NAE_ERA_R-30_Eesti_Riiklik_Spordiamet, lk 204
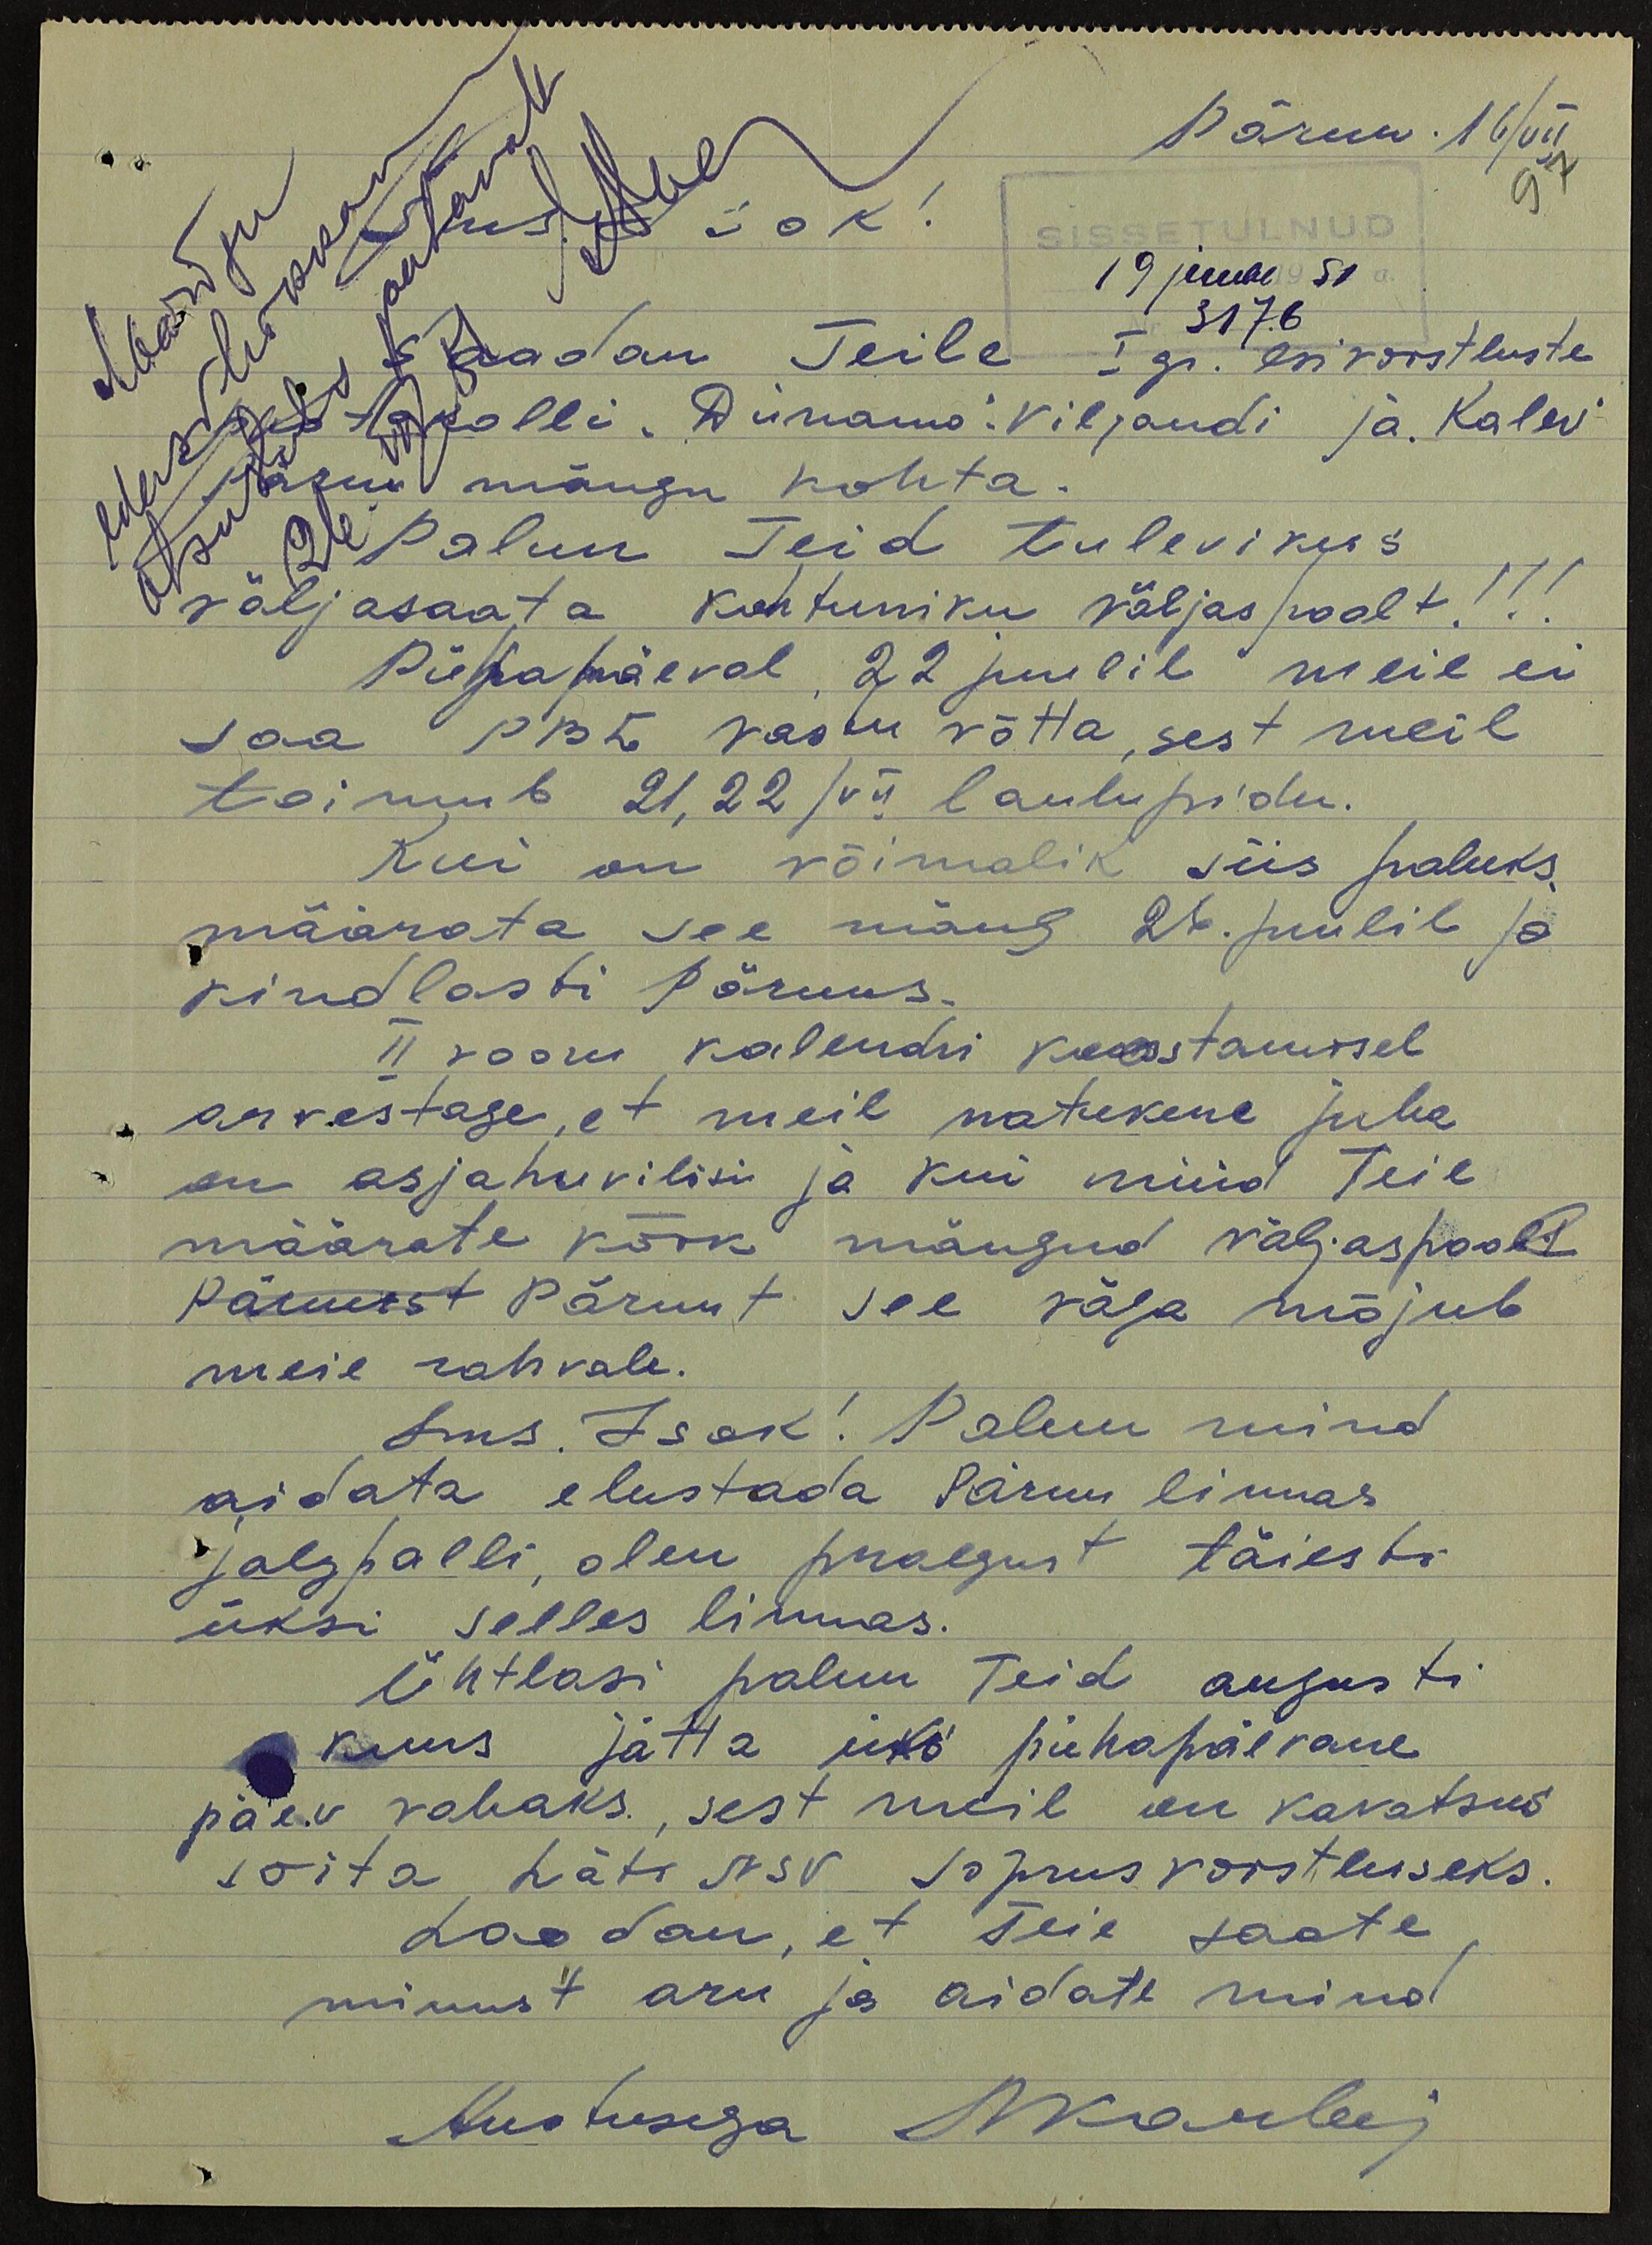
Pärnu. 16/VII
Sms. Isok!
97
SISSETULNUD
19 juuli 1951 a.
3176
Saadan Teile I gr. esivoistluste
protokolli "Dünamo" Viljandi ja Kalev
Pärnu mängu kohta.
Palun Teid tulevikus
väljasaata kohtuniku väljas poolt!!!
Pühapäeval, 22 juulil meie ei
saa, PBL vastu võtta, sest meil
toimub 21, 22/VII laulupidu.
Kui on võimalik siis paluks
määrata see mäng 26. juulile ja
kindlasti Pärnus.
II vooru kalendri koostamisel
arvestage, et meil natukene juba
on asjahuvilisi ja kui nüüd Teie
määrate kõik mängud väljaspool
Pärnust Pärnut see väga mõjub
meie rahvale.
Sms. Isok! Palun mind
aidata elustada Pärnu linnas
jalgpalli, olen praegust täiesti
üksi selles linnas.
Ühtlasi palun Teid augusti
kuus jätta üks pühapäevane
päev vabaks, sest meil on kavatsus
sõita Läti NSV Sõprusvoistluseks.
Loodan, et Teie saate
minust aru ja aidate mind
Austusega